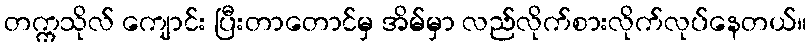
တက္ကသိုလ် ကျောင်း ပြီးတာတောင်မှ အိမ်မှာ လည်လိုက်စားလိုက်လုပ်နေတယ်။